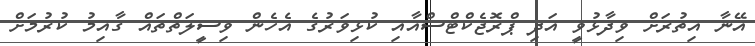
އޭނާ އިތުރަށް ވިދާޅުވީ އަދި ޕްރޮޖެކްޓްސްއާއި ކުޅިވަރުގެ އެހެން ވިސީލަތްތައް ގާއިމު ކުރުމަށް